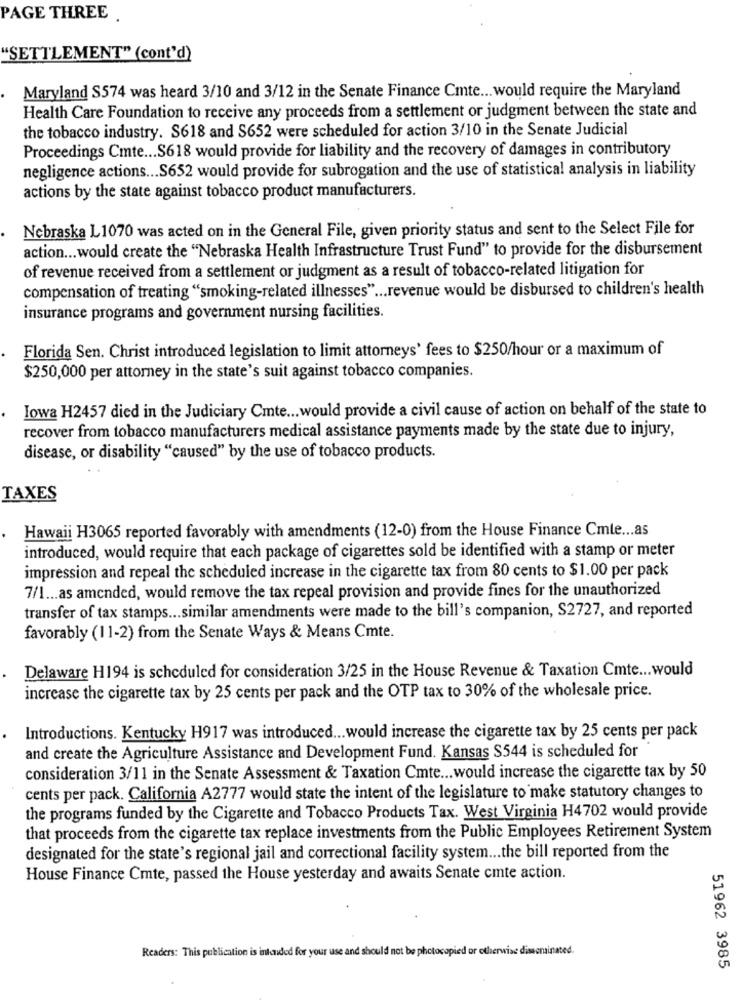
PAGE THREE .
"SETTLEMENT" (cont'd)
Maryland S574 was heard 3/10 and 3/12 in the Senate Finance Cmte ... would require the Maryland
Health Care Foundation to receive any proceeds from a settlement or judgment between the state and
the tobacco industry. S618 and S652 were scheduled for action 3/10 in the Senate Judicial
Proceedings Cmte ... S618 would provide for liability and the recovery of damages in contributory
negligence actions ... S652 would provide for subrogation and the use of statistical analysis in liability
actions by the state against tobacco product manufacturers.
Nebraska L1070 was acted on in the General File, given priority status and sent to the Select File for
action ... would create the "Nebraska Health Infrastructure Trust Fund" to provide for the disbursement
of revenue received from a settlement or judgment as a result of tobacco-related litigation for
compensation of treating "smoking-related illnesses" ... revenue would be disbursed to children's health
insurance programs and government nursing facilities.
Florida Sen. Christ introduced legislation to limit attorneys' fees to $250/hour or a maximum of
$250,000 per attorney in the state's suit against tobacco companies.
Iowa H2457 died in the Judiciary Cmte ... would provide a civil cause of action on behalf of the state to
recover from tobacco manufacturers medical assistance payments made by the state due to injury,
disease, or disability "caused" by the use of tobacco products.
TAXES
Hawaii H3065 reported favorably with amendments (12-0) from the House Finance Cmle ... as
introduced, would require that each package of cigarettes sold be identified with a stamp or meter
impression and repeal the scheduled increase in the cigarette tax from 80 cents to $1.00 per pack
7/1 ... as amended, would remove the tax repeal provision and provide fines for the unauthorized
transfer of tax stamps ... similar amendments were made to the bill's companion, S2727, and reported
favorably (11-2) from the Senate Ways & Means Cmte.
Delaware H194 is scheduled for consideration 3/25 in the House Revenue & Taxation Cmte ... would
increase the cigarette tax by 25 cents per pack and the OTP tax to 30% of the wholesale price.
Introductions. Kentucky H917 was introduced ... would increase the cigarette tax by 25 cents per pack
and create the Agriculture Assistance and Development Fund. Kansas S544 is scheduled for
consideration 3/11 in the Senate Assessment & Taxation Cmte ... would increase the cigarette tax by 50
cents per pack. California A2777 would state the intent of the legislature to make statutory changes to
the programs funded by the Cigarette and Tobacco Products Tax. West Virginia H4702 would provide
that proceeds from the cigarette tax replace investments from the Public Employees Retirement System
designated for the state's regional jail and correctional facility system ... the bill reported from the
House Finance Cmte, passed the House yesterday and awaits Senate cmte action.
Readers: This publication is intended for your use and should not be photocopied or otherwise disseminated.
51962 3985